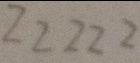
2 2 2 2 2